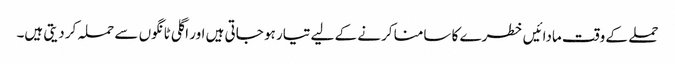
حملے کے وقت مادائیں خطرے کا سامنا کرنے کے لیے تیار ہو جاتی ہیں اور اگلی ٹانگوں سے حملہ کر دیتی ہیں۔